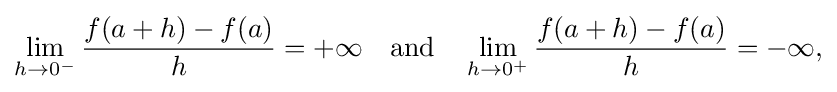
\lim _{h\to 0^{-}}{\frac {f(a+h)-f(a)}{h}}={+\infty }\quad {\text{and}}\quad \lim _{h\to 0^{+}}{\frac {f(a+h)-f(a)}{h}}={-\infty }{\text{,}}